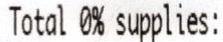
TOTAL 0% SUPPLIES: